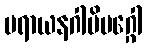
ပရာယနဂါမိမဂ္ဂေါ